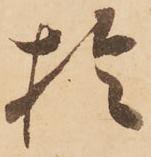
於